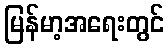
မြန်မာ့အရေးတွင်